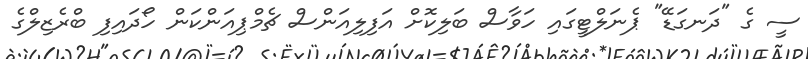
ސީ ގެ "ދަނގަޑޭ" ޕެނަލްޓީގައި ހަވާސް ބަލިކޮށް އަފިލިއަންސް ޗެމްޕިއަންކަން ހޯދައިފި ބްރެޒިލްގެ